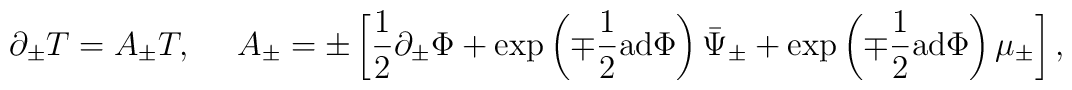
\partial_\pm T = A_\pm T,{}~~~~A_\pm = \pm \left[ \frac{1}{2} \partial_\pm \Phi + \exp \left(\mp \frac{1}{2} {\rm ad} \Phi \right) \bar{\Psi}_\pm + \exp \left(\mp \frac{1}{2} {\rm ad} \Phi \right) \mu_\pm \right],